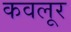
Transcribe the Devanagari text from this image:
कवलूर